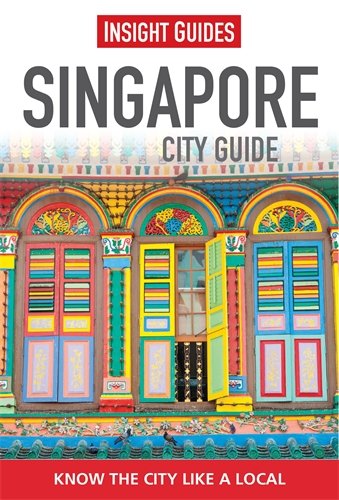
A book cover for Singapore (City Guide); Insight Guides; Travel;